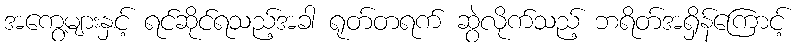
အကွေ့များနှင့် ရင်ဆိုင်ရသည့်အခါ ရုတ်တရက် ဆွဲလိုက်သည့် ဘရိတ်အရှိန်ကြောင့်